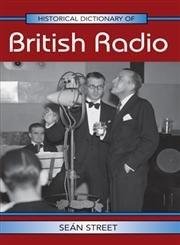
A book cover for British Radio and Television Pioneers; David W. Kraeuter; Humor & Entertainment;